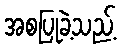
အစပြုခဲ့သည့်